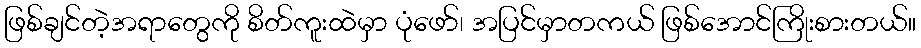
ဖြစ်ချင်တဲ့အရာတွေကို စိတ်ကူးထဲမှာ ပုံဖော်၊ အပြင်မှာတကယ် ဖြစ်အောင်ကြိုးစားတယ်။